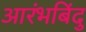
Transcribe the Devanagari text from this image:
आरंभबिंदु